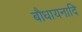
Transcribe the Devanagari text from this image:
बौधायनादि